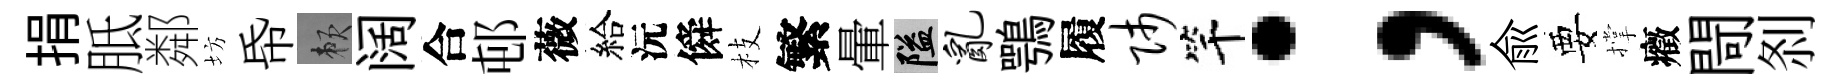
捐胝鄰坊帋賴阔合邨薇給沅僢枝繁暈隘乱鶚履师竿；兪要撑癥閜𠛴